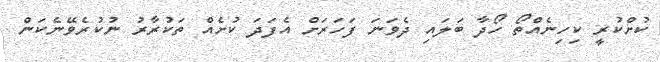
ކުށްކުރީ ކިހިނެއްތޯ ހޯދާ ބަލައި ދެވަނަ ފަހަރަށް އެފަދަ ކުށެއް ތަކުރާރު ނުކުރެވޭނެކަން